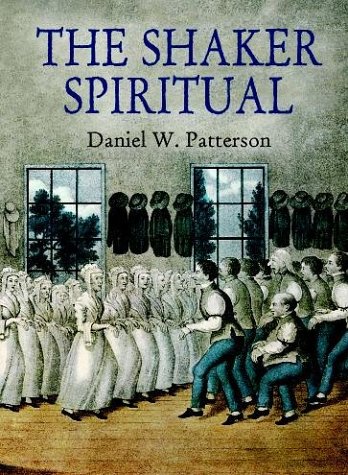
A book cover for The Shaker Spiritual; Daniel W. Patterson; Christian Books & Bibles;